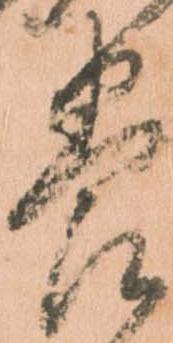
養